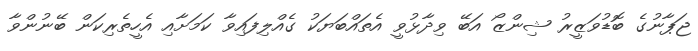
ޖަޕާނުގެ ބޮޑުވަޒީރު ޝިންޒޯ އަބޭ ވިދާޅުވީ އެތައްބަޔަކު ގެއްލިފައިވާ ކަމަށާއި އެހީތެރިކަން ބޭނުންވާ